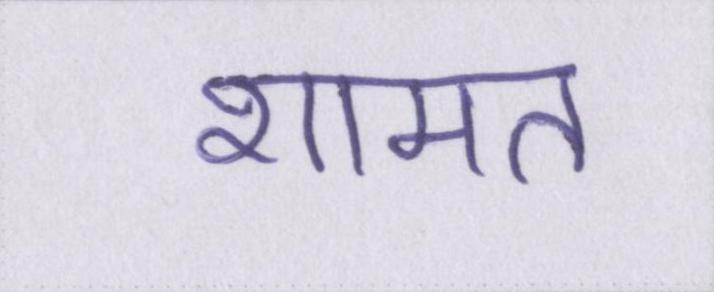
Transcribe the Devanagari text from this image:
शामत